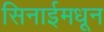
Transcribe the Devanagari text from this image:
सिनाईमधून